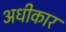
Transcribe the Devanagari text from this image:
अधीकार